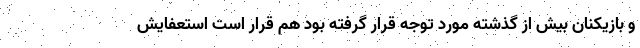
و بازیکنان بیش از گذشته مورد توجه قرار گرفته بود هم قرار است استعفایش